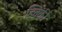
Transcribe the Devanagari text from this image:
झ्विकी